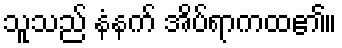
သူသည် နံနက် အိပ်ရာကထ၏။